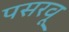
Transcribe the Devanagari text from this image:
पसरवू